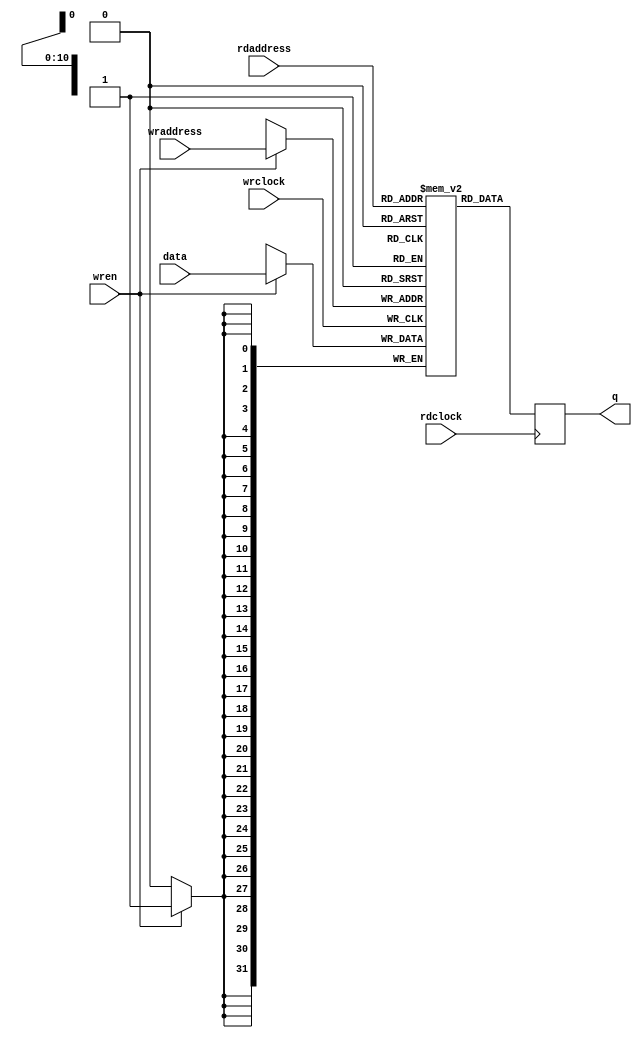
module onchipmem (
	data,
	rdaddress,
	rdclock,
	wraddress,
	wrclock,
	wren,
	q);

	input	[31:0]  data;
	input	[10:0]  rdaddress;
	input	  rdclock;
	input	[10:0]  wraddress;
	input	  wrclock;
	input	  wren;
	output	[31:0]  q;

	reg  [31:0]		memory[2047:0];


	always @(posedge wrclock) 
		begin
	  		if (wren)
				memory[wraddress] <= data;
		end

	always @(posedge rdclock) begin
	  	q <= memory[rdaddress];
	end
endmodule